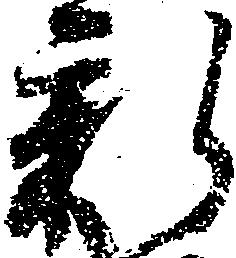
新